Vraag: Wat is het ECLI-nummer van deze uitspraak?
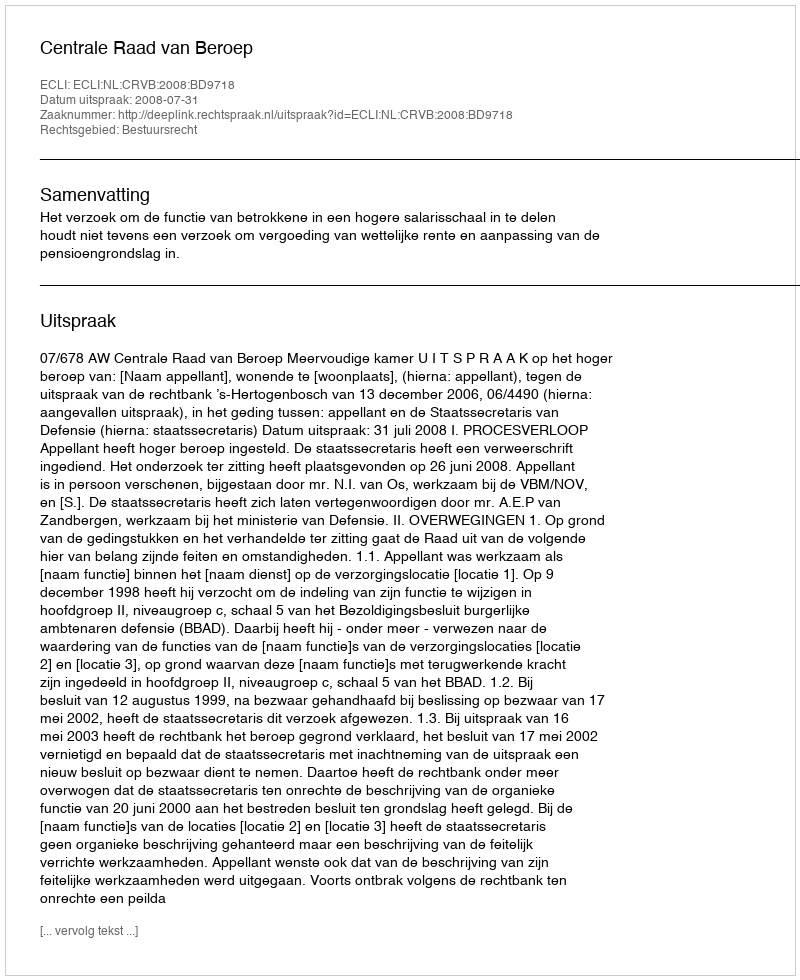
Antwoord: ECLI:NL:CRVB:2008:BD9718